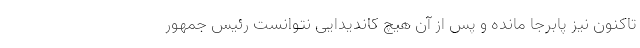
تاکنون نیز پابرجا مانده و پس از آن هیچ کاندیدایی نتوانست رئیس جمهور